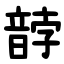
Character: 䪬